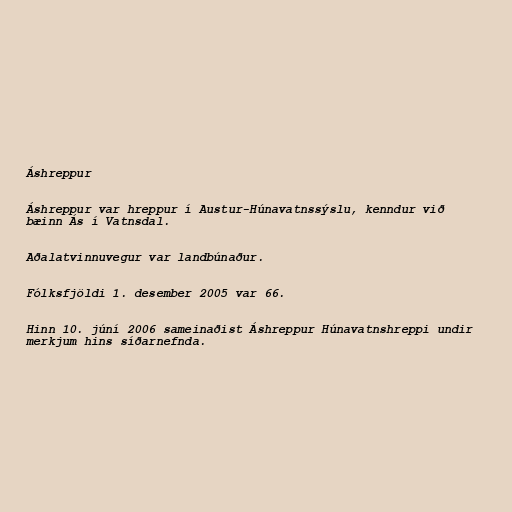
Áshreppur

Áshreppur var hreppur í Austur-Húnavatnssýslu, kenndur við
bæinn Ás í Vatnsdal.

Aðalatvinnuvegur var landbúnaður.

Fólksfjöldi 1. desember 2005 var 66.

Hinn 10. júní 2006 sameinaðist Áshreppur Húnavatnshreppi undir
merkjum hins síðarnefnda.